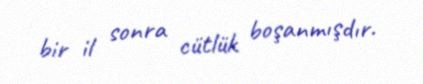
bir il sonra cütlük boşanmışdır.